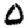
Digit: 0